Report on the bubonic plague in Bombay, 1896-1897
Year: 1896
Disease focus: Plague
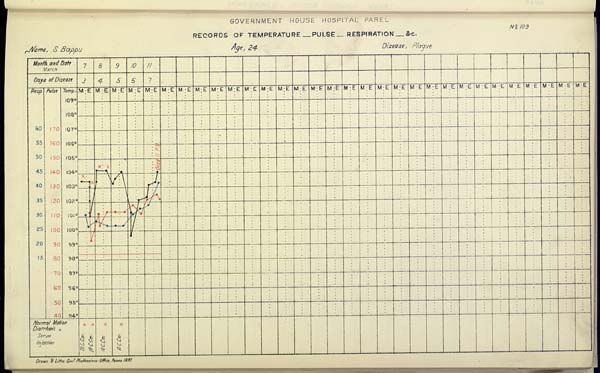
GOVERNMENT HOUSE HOSPITAL PAREL
No. 109
RECORDS OF TEMPERATURE __ PULSE __ RESPIRATION __ &c.
Name,
S.
Bappu
Age,
24
Disease,
Plague
Drawn & Litho: Govt. Photozinco: Office, Poona 1897.